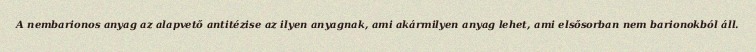
A nembarionos anyag az alapvető antitézise az ilyen anyagnak, ami akármilyen anyag lehet, ami elsősorban nem barionokból áll.